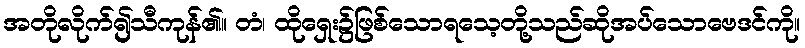
အတိုလိုက်၍သီကုန်၏။ တံ၊ ထိုရှေး၌ဖြစ်သောရသေ့တို့သည်ဆိုအပ်သောဗေဒင်ကို။